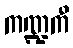
ကဏ္ဍကီ